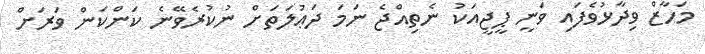
މަހާޒް ވިދާޅުވެފައި ވަނީ ޕީޖީއަކު ނެތިއްޖެ ނަމަ ދަޢުލަތަށް ނުކުރެވޭނެ ކަންކަން ވަރަށް